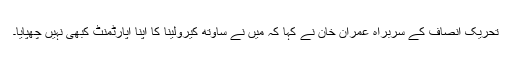
تحریک انصاف کے سربراہ عمران خان نے کہا کہ میں نے ساوتھ کیرولینا کا اپنا اپارٹمنٹ کبھی نہیں چھپایا۔